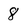
Character: 8